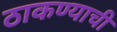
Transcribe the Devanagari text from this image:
ठाकण्याची